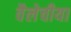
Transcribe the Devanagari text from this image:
वैलेचीया